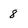
Character: 8